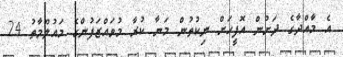
އެ މާއްދާގެ ދަށުން އޮފީހަށް ނިކުތުން މަނާ ކުރާ މުވައްޒަފުންގެ މައުލޫމާތު 24